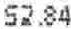
52.84